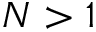
N > 1